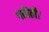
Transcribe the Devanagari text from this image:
पठौती।